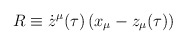
\begin{align*}R \equiv \dot{z}^{\mu}(\tau) \, (x_{\mu}-z_{\mu}(\tau))\end{align*}